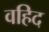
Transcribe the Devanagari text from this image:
वहिद